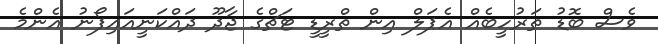
ވެސް ބޮޑު ތަރުހީބެއް އެޕަލް އިން ތްރީޑީ ޓަޗްގެ ޖާދޫ ދައްކަނީއައިފޯނު އެންމެ